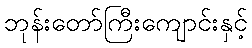
ဘုန်းတော်ကြီးကျောင်းနှင့်